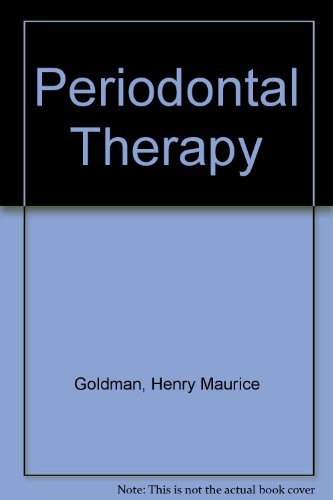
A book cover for Periodontal Therapy; Henry Maurice Goldman; Medical Books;